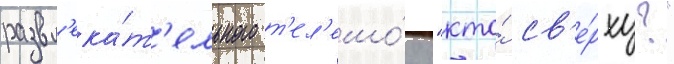
развл'ека́т'ельного т'ел'ешо́у "кто́ св'е́рху?"